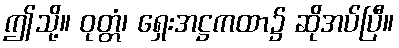
ဤသို့။ ဝုတ္တံ၊ ရှေးအဋ္ဌကထာ၌ ဆိုအပ်ပြီ။